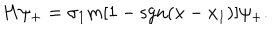
LaTeX: H \psi _ { + } = \sigma _ { 1 } m [ 1 - \mathrm { s g n } ( x - x _ { 1 } ) ] \psi _ { + } .